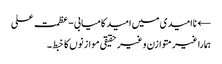
← ناامیدی میں امید کامیابی-عظمت علی
ہمارا غیر متوازن و غیر حقیقی موازنوں کا خبط ۔